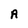
Character: A